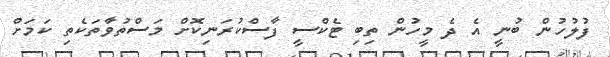
ފުލުހުން ބުނީ އެ ދެ މީހުން ތިބި ޓެކްސީ ފާސްކުރަނިކޮށް މަސްތުވާތަކެތި ކަމަށް